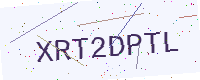
Text: XRT2DPTL